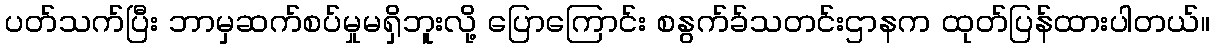
ပတ်သက်ပြီး ဘာမှဆက်စပ်မှုမရှိဘူးလို့ ပြောကြောင်း စနွက်ခ်သတင်းဌာနက ထုတ်ပြန်ထားပါတယ်။